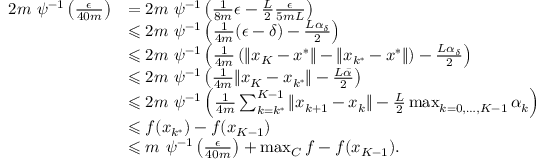
\begin{array} { r l } { 2 m ~ \psi ^ { - 1 } \left( \frac { \epsilon } { 4 0 m } \right) } & { = 2 m ~ \psi ^ { - 1 } \left( \frac { 1 } { 8 m } \epsilon - \frac { L } { 2 } \frac { \epsilon } { 5 m L } \right) } \\ & { \leqslant 2 m ~ \psi ^ { - 1 } \left( \frac { 1 } { 4 m } ( \epsilon - \delta ) - \frac { L \alpha _ { \delta } } { 2 } \right) } \\ & { \leqslant 2 m ~ \psi ^ { - 1 } \left( \frac { 1 } { 4 m } \left( \| x _ { K } - x ^ { * } \| - \| x _ { k ^ { * } } - x ^ { * } \| \right) - \frac { L \alpha _ { \delta } } { 2 } \right) } \\ & { \leqslant 2 m ~ \psi ^ { - 1 } \left( \frac { 1 } { 4 m } \| x _ { K } - x _ { k ^ { * } } \| - \frac { L \bar { \alpha } } { 2 } \right) } \\ & { \leqslant 2 m ~ \psi ^ { - 1 } \left( \frac { 1 } { 4 m } \sum _ { k = k ^ { * } } ^ { K - 1 } \| x _ { k + 1 } - x _ { k } \| - \frac { L } { 2 } \operatorname* { m a x } _ { k = 0 , \hdots , K - 1 } \alpha _ { k } \right) } \\ & { \leqslant f ( x _ { k ^ { * } } ) - f ( x _ { K - 1 } ) } \\ & { \leqslant m ~ \psi ^ { - 1 } \left( \frac { \epsilon } { 4 0 m } \right) + \operatorname* { m a x } _ { C } f - f ( x _ { K - 1 } ) . } \end{array}